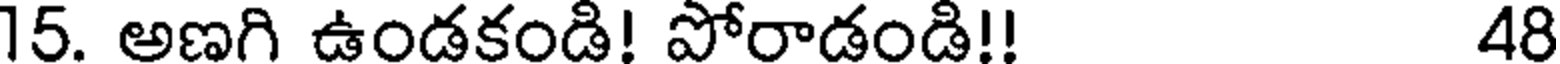
15. అణగి ఉండకండి! పోరాడండి!! 48